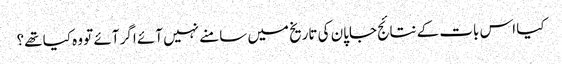
کیا اس بات کے نتائج جاپان کی تاریخ میں سامنے نہیں آئے اگر آئے تو وہ کیا تھے؟